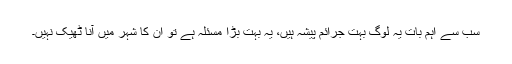
سب سے اہم بات یہ لوگ بہت جرائم پیشہ ہیں، یہ بہت بڑا مسئلہ ہے تو ان کا شہر میں آنا ٹھیک نہیں۔